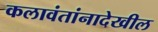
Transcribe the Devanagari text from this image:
कलावंतांनादेखील